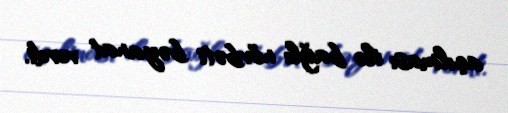
açılması ilə bağlı növbəti bəyanat verdi.